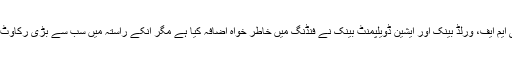
چینی بینک کے مقابلہ کیلئے آئی ایم ایف، ورلڈ بینک اور ایشین ڈویلپمنٹ بینک نے فنڈنگ میں خاطر خواہ اضافہ کیا ہے مگر انکے راستہ میں سب سے بڑی رکاوٹ انکی اپنی گرتی ہوئی ساکھ ہے۔